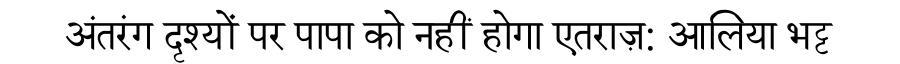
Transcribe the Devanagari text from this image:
अंतरंग दृश्यों पर पापा को नहीं होगा एतराज़: आलिया भट्ट